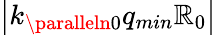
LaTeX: \left|k_{\paralleln0}q_{min}\mathbb{R}_{0}\right|